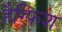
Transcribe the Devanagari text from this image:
हैग्फिश